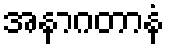
အနာဂတာနံ